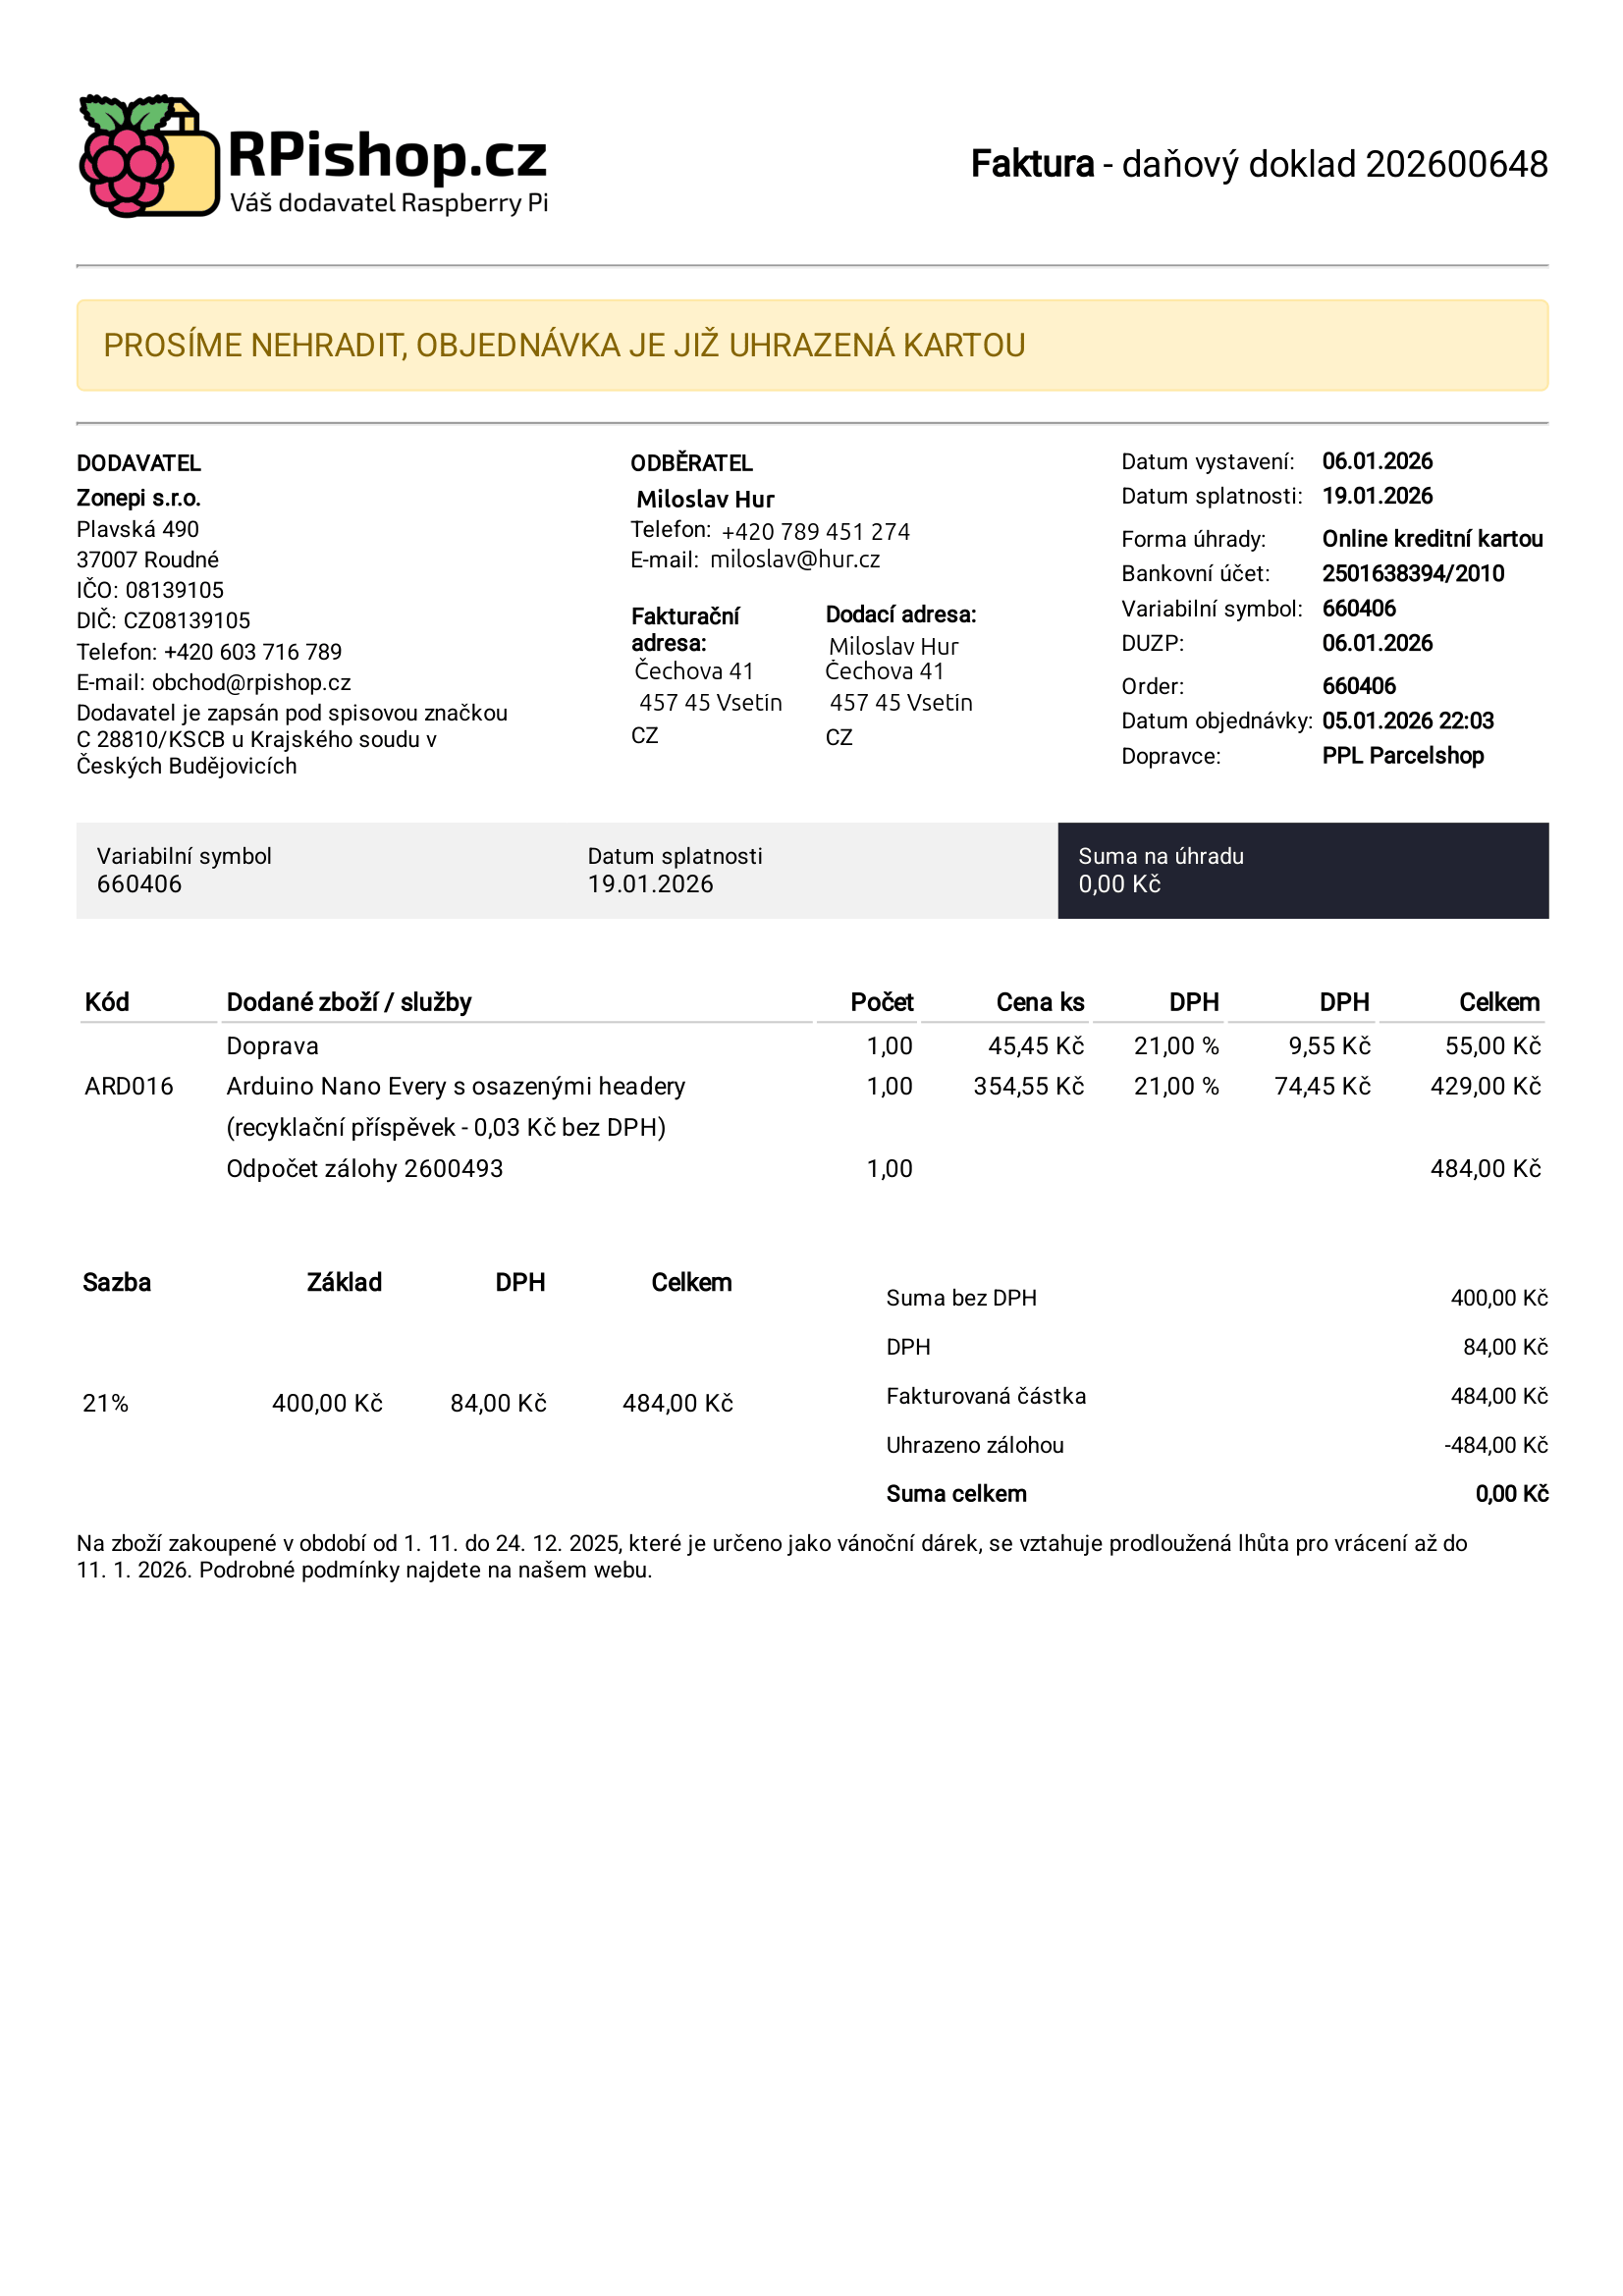
invoice_number: 202600648
supp_register_id: 08139105
supp_tax_id: CZ08139105
issue_date: 06.01.2026
taxable_supply_date: 06.01.2026
due_date: 19.01.2026
payment_type: Online kreditní kartou
bank_account_number: 2501501638394/2010
variable_symbol: 660406
total: 484,00